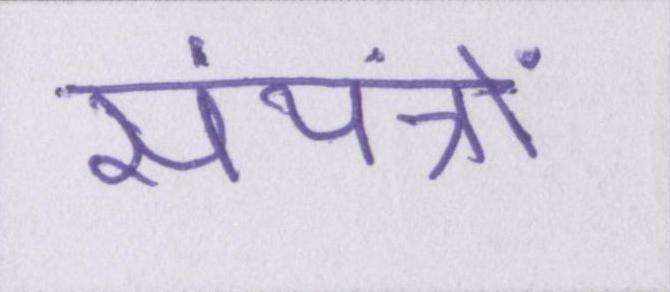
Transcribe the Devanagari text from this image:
संयंत्रों